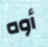
أوه